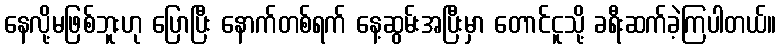
နေလို့မဖြစ်ဘူးဟု ပြောပြီး နောက်တစ်ရက် နေ့ဆွမ်းအပြီးမှာ တောင်ငူသို့ ခရီးဆက်ခဲ့ကြပါတယ်။